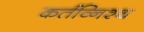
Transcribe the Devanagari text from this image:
कर्तव्निश्थ